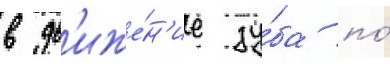
в дв'иже́н'ие зу́ба по́